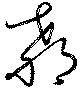
教